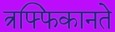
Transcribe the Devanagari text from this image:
त्रफ्फिकानते